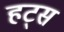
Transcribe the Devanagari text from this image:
हट्स